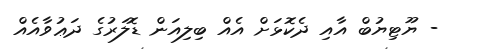
- ޔޫޓިޔުބް އާއި ދެކޮޅަށް އެއް ބިލިއަން ޑޮލަރުގެ ދަޢުވާއެއް